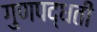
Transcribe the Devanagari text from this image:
गुणपद्धती